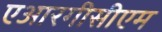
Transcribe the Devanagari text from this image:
एआरगीसीएम